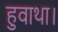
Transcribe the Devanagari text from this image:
हुवाथा।